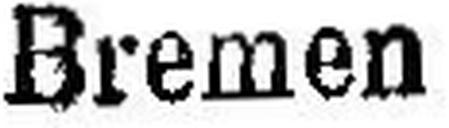
Bremen